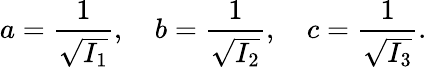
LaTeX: a={\frac{1}{\sqrt{I_{1}}}},\quad b={\frac{1}{\sqrt{I_{2}}}},\quad c={\frac{1}{\sqrt{I_{3}}}}.